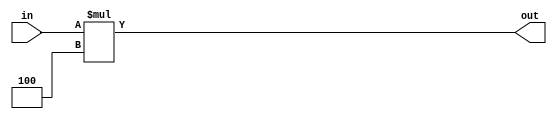
`timescale 1ns / 1ps


module Shift_Left_2 (in, out);

    parameter input_size = 32, output_size = 32;

    input [input_size-1:0] in;
    output [output_size-1:0] out;

    wire [output_size-1:0] out;

    assign out = in * 4;

endmodule